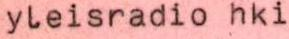
yleisradio hki